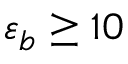
\varepsilon _ { b } \geq 1 0